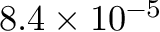
8 . 4 \times 1 0 ^ { - 5 }